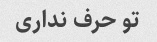
تو حرف نداری